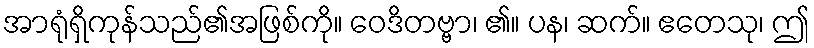
အာရုံရှိကုန်သည်၏အဖြစ်ကို။ ဝေဒိတဗ္ဗာ၊ ၏။ ပန၊ ဆက်။ ဧတေသု၊ ဤ